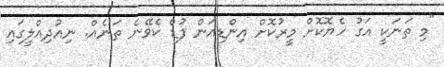
"މި ތަނަކީ އަގު ހެޔޮކޮށް މީރުކޮށް އިންޑިއަން ފުޑް ކެވޭނެ ތަނެއް. ނިއުދިއްލީގައި